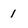
Character: 1